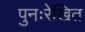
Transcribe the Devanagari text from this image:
पुनःरेखित